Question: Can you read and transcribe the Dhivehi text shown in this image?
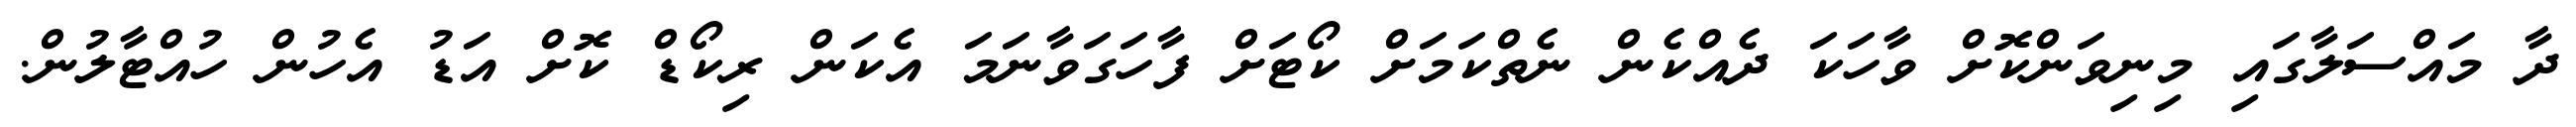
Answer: ދާ މައްސަލާގައި މިނިވަންކޮށް ވާހަކަ ދެއްކެން ނެތްކަމަށް ކޯޓަށް ފާހަގަވާނަމަ އެކަން ރިކޯޑް ކޮށް އަޑު އެހުން ހުއްޓާލުން.